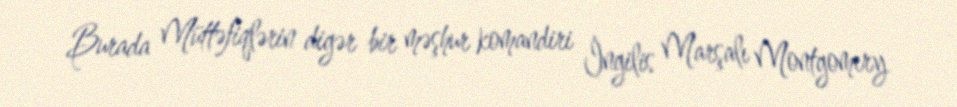
Burada Müttəfiqlərin digər bir məşhur komandiri İngilis Marşalı Montgomery